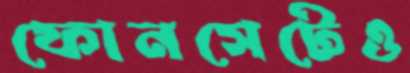
ফোনসেটেও